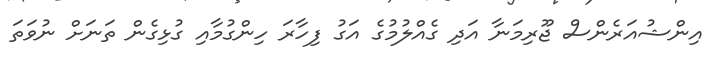
އިންޝުއަރެންސް ޖޫރިމަނާ އަދި ގެއްލުމުގެ އަގު ފިހާރަ ހިންގުމާއި ގުޅިގެން ތަނަށް ނުވަތަ